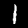
Label: 1